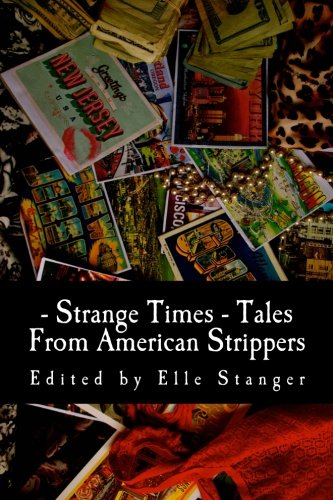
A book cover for Strange Times: Tales From American Strippers; Elle Stanger; Literature & Fiction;